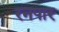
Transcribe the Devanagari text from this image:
रनपार